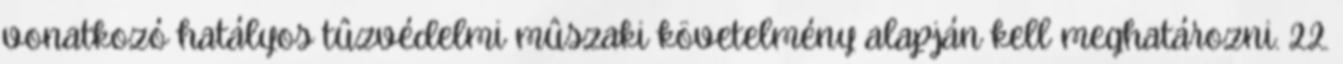
vonatkozó hatályos tûzvédelmi mûszaki követelmény alapján kell meghatározni. 2.2.